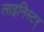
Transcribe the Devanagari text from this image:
लाइनिस्टर्